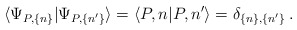
\begin{align*}\langle\Psi_{P,\{n\}}|\Psi_{P,\{n'\}}\rangle=\langle P,n|P,n'\rangle=\delta_{\{n\},\{n'\}}\:.\end{align*}